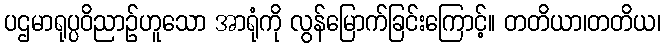
ပဌမာရုပ္ပဝိညာဉ်ဟူသော အာရုံကို လွန်မြောက်ခြင်းကြောင့်။ တတိယာ၊တတိယ၊